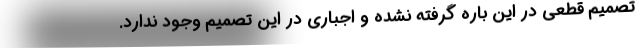
تصمیم قطعی در این باره گرفته نشده و اجباری در این تصمیم وجود ندارد.